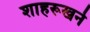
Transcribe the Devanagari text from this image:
शाहरूखने